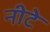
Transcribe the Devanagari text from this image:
नीटे